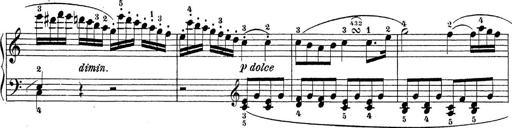
Title: Sonatina Album
Composer: Louis KÃ¶hler